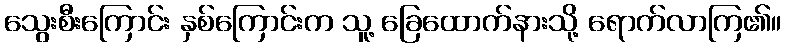
သွေးစီးကြောင်း နှစ်ကြောင်းက သူ့ ခြေထောက်နားသို့ ရောက်လာကြ၏။